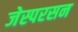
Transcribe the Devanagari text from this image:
जेस्परसन